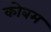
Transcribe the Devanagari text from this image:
कोबम